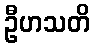
ဦဟသတိ